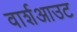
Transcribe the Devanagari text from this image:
वार्शआउट